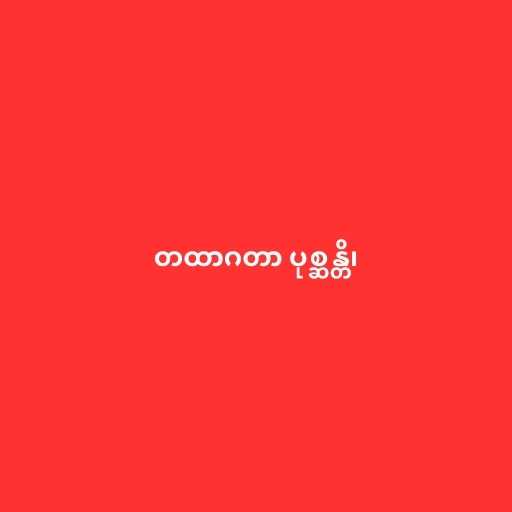
တထာဂတာ ပုစ္ဆန္တိ၊